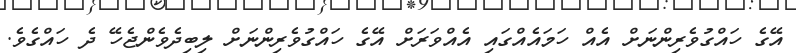
އޭގެ ހައްގުވެރިންނަށް އެއް ހަމައެއްގައި އެއްވަރަށް އޭގެ ހައްގުވެރިންނަށް ލިބިދެވެންޖެހޭ ދެ ހައްގެވެ.